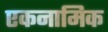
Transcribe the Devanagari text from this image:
एकनामिक